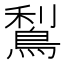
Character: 𪁐